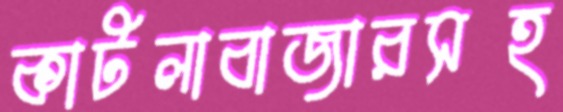
কাটলাবাজারসহ